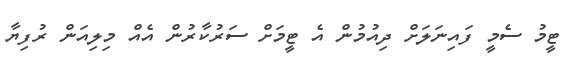
ޓީމު ސެމީ ފައިނަލަށް ދިއުމުން އެ ޓީމަށް ސަރުކާރުން އެއް މިލިއަން ރުފިޔާ